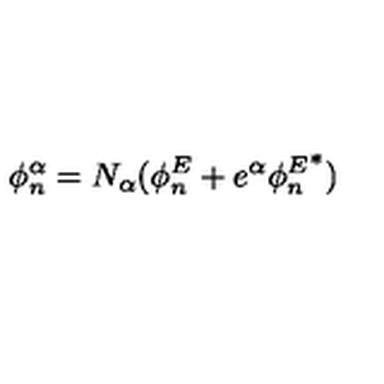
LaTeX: \phi _ { n } ^ { \alpha } = N _ { \alpha } ( \phi _ { n } ^ { E } + e ^ { \alpha } { \phi _ { n } ^ { E } } ^ { * } )